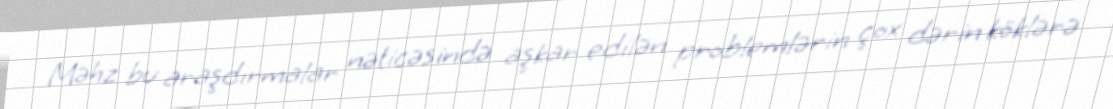
Məhz bu araşdırmalar nəticəsində aşkar edilən problemlərin çox dərin köklərə